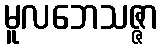
မူလဘေသဇ္ဇာ